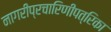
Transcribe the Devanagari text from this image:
नागरीप्रचारिणीपत्रिका